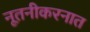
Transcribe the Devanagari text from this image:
नूतनीकरनात